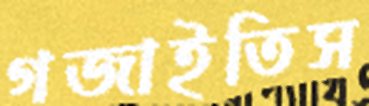
গজাইতিস